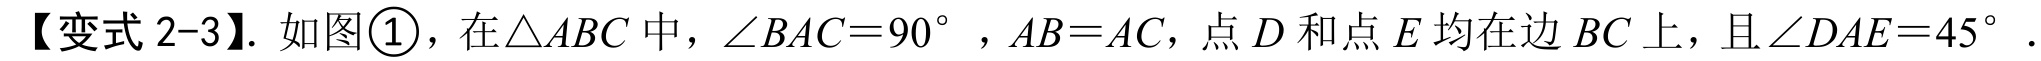
【变式 2-3】. 如图\textcircled{1}，在\(\triangle ABC\)中，\(\angle BAC = 90^{\circ}\) ，\(AB = AC\)，点 \(D\) 和点 \(E\) 均在边 \(BC\) 上，且\(\angle DAE = 45^{\circ}\) .